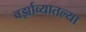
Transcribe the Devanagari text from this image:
वर्झाव्यातल्या